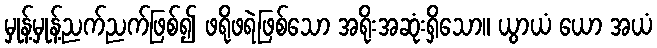
မှုန့်မှုန့်ညက်ညက်ဖြစ်၍ ဖရိုဖရဲဖြစ်သော အရိုးအဆုံးရှိသော။ ယွာယံ ယော အယံ